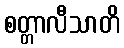
စတ္တာလီသာတိ